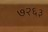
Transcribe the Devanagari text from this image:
७२६३